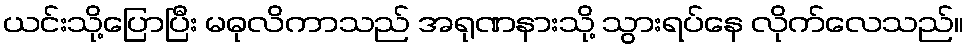
ယင်းသို့ပြောပြီး မဓုလိကာသည် အရုဏနားသို့ သွားရပ်နေ လိုက်လေသည်။